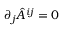
\partial _ { j } \hat { A } ^ { i j } = 0